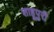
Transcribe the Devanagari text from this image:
शाहूपुरी